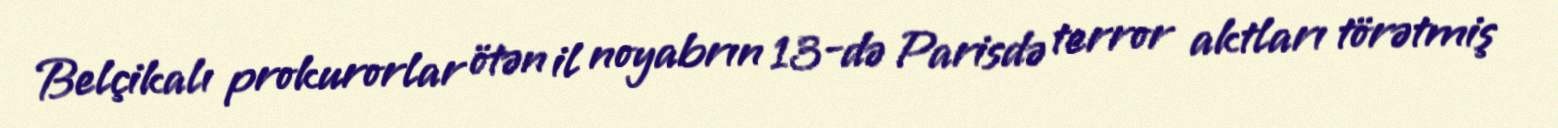
Belçikalı prokurorlar ötən il noyabrın 13-də Parisdə terror aktları törətmiş